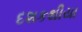
દશકથીયા